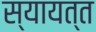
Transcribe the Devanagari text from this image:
स्यायत्त